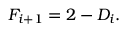
F _ { i + 1 } = 2 - D _ { i } .